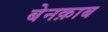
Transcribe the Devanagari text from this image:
बेनक़ाब